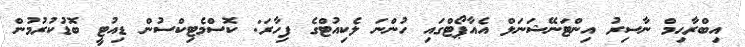
އިބްރާހިމް ނާސިރު އިންޓަނޭޝަނަލް އެއާޕޯޓްގައި ހުންނަ ލެކިއުޓްގެ ފިހާރަ: ކޮސްމެޓިކްސުން ޑިއުޓީ ބޮޑުކުރުމުން